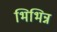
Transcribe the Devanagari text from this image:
भिभिन्न